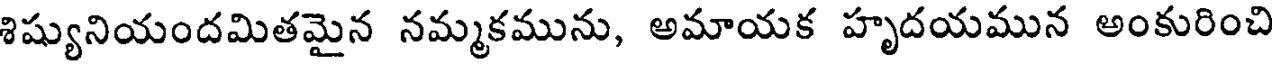
శిష్యునియందమితమైన నమ్మకమును, అమాయక హృదయమున అంకురించి